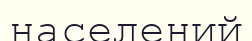
населений